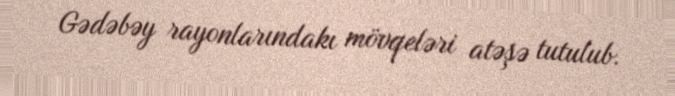
Gədəbəy rayonlarındakı mövqeləri atəşə tutulub.